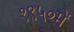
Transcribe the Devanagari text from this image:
१९५०में